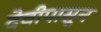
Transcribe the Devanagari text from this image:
देवीपासून